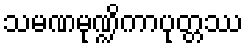
သမဏမုဏ္ဍိကာပုတ္တဿ